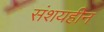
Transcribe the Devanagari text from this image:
संशयहीन